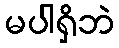
မပါရှိဘဲ